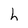
Character: h